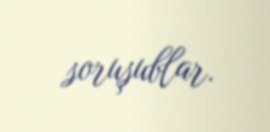
soruşublar.